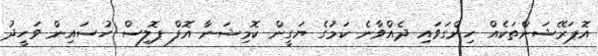
އޮޕަރޭޝަންތަކެއް ހިންގަވައި ދެއްވާނެ ކަމުގެ ޔަގީން ކޮމިޝަނާ އޮފް ޕޮލިސް ހުސައިން ވަހީދު